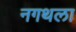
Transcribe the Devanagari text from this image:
नगथला